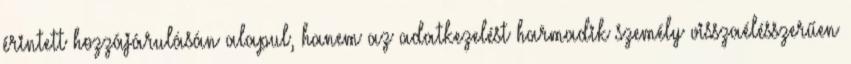
érintett hozzájárulásán alapul, hanem az adatkezelést harmadik személy visszaélésszerűen